Trukikaitis_Postimees, lk 92
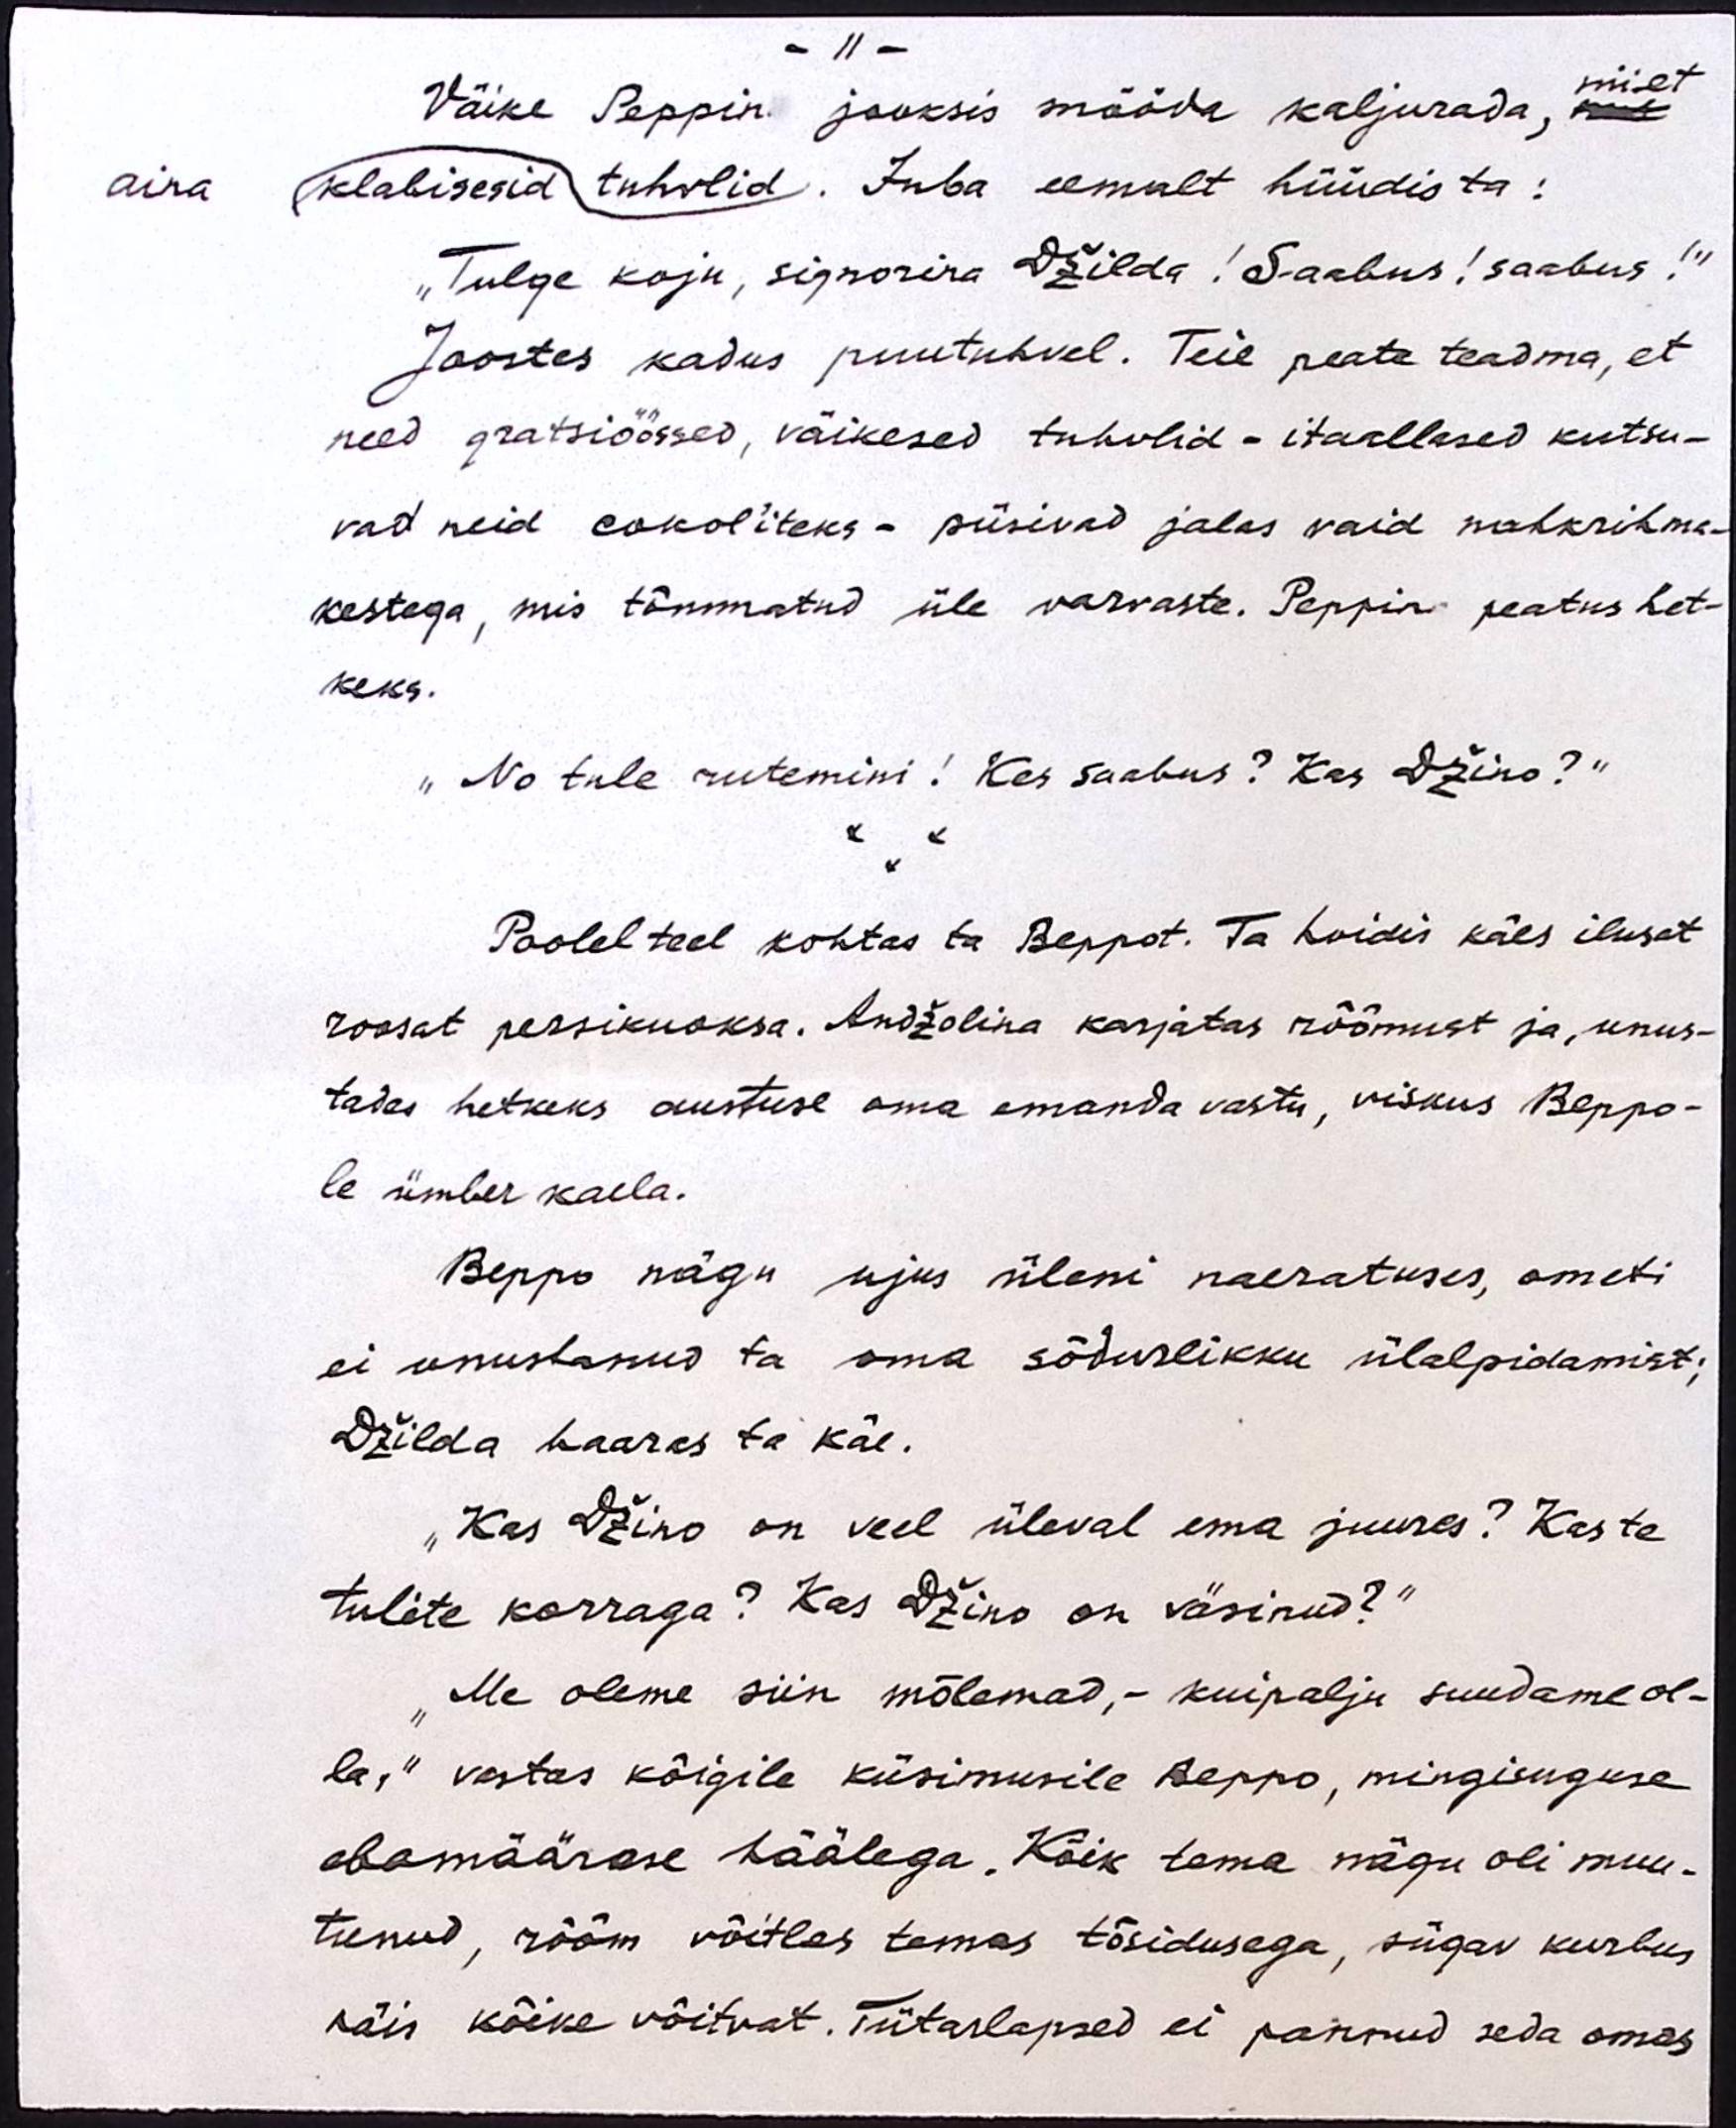
- 11 -
Väike Peppin jooksis mööda kaljurada, mis
nii et
aina klabisesid tuhvlid. Juba eemalt hüüdis ta:
"Tulge koju, signorina Džilda! Saabus! saabus!"
Joostes kadus puutuhvel. Teie peate teadma, et
need gratsiöössed, väikesed tuhvlid - itaallased kutsu-
vad neid cokol´iteks - püsivad jalas vaid nahkrihma-
kestega, mis tõmmatud üle varvaste. Peppin peatus het-
keks.
"No tule rutemini! Kes saabus? Kas Džino?"
Poolel teel kohtas ta Beppot. Ta hoidis käes ilusat
roosat persikuoksa. Andžolina karjatas rõõmust ja, unus-
tades hetkeks austuse oma emanda vastu, viskus Beppo-
le ümber kaela.
Peppo nägu ujus üleni naeratuses, ometi
ei unustanud ta oma sõdurlikku ülalpidamist;
Džilda haaras ta käe.
„Kas Džino on veel üleval ema juures? Kas te
tulite korraga? Kas Džino on väsinud?"
"Me oleme siin mõlemad, - kuipalju suudame ol-
la," vastas kõigile küsimusile Beppo, mingisuguse
ebamäärase häälega. Kõik tema nägu oli muu-
tunud, rõõm võitles temas tõsidusega, sügav kurbus
näis kõike võitvat. Tütarlapsed ei pannud seda omas